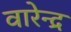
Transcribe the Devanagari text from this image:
वारेन्द्र